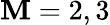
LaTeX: \mathbf{M}=2,3